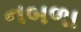
નબળા